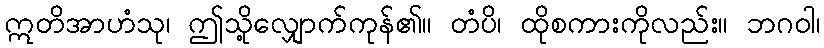
ဣတိအာဟံသု၊ ဤသို့လျှောက်ကုန်၏။ တံပိ၊ ထိုစကားကိုလည်း။ ဘဂဝါ၊